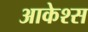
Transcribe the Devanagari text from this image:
आकेश्स